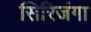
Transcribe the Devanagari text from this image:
सिरिजंगा